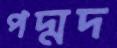
পদ্মদ